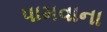
પામવાના